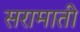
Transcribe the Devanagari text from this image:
सरामाती